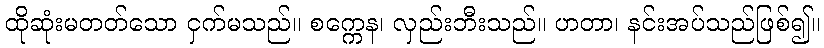
ထိုဆုံးမတတ်သော ငှက်မသည်။ စက္ကေန၊ လှည်းဘီးသည်။ ဟတာ၊ နင်းအပ်သည်ဖြစ်၍။